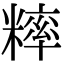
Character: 𥼁